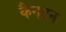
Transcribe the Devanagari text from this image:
कैनटन